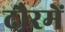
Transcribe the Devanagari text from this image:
दौरमें